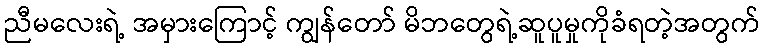
ညီမလေးရဲ့ အမှားကြောင့် ကျွန်တော် မိဘတွေရဲ့ဆူပူမှုကိုခံရတဲ့အတွက်